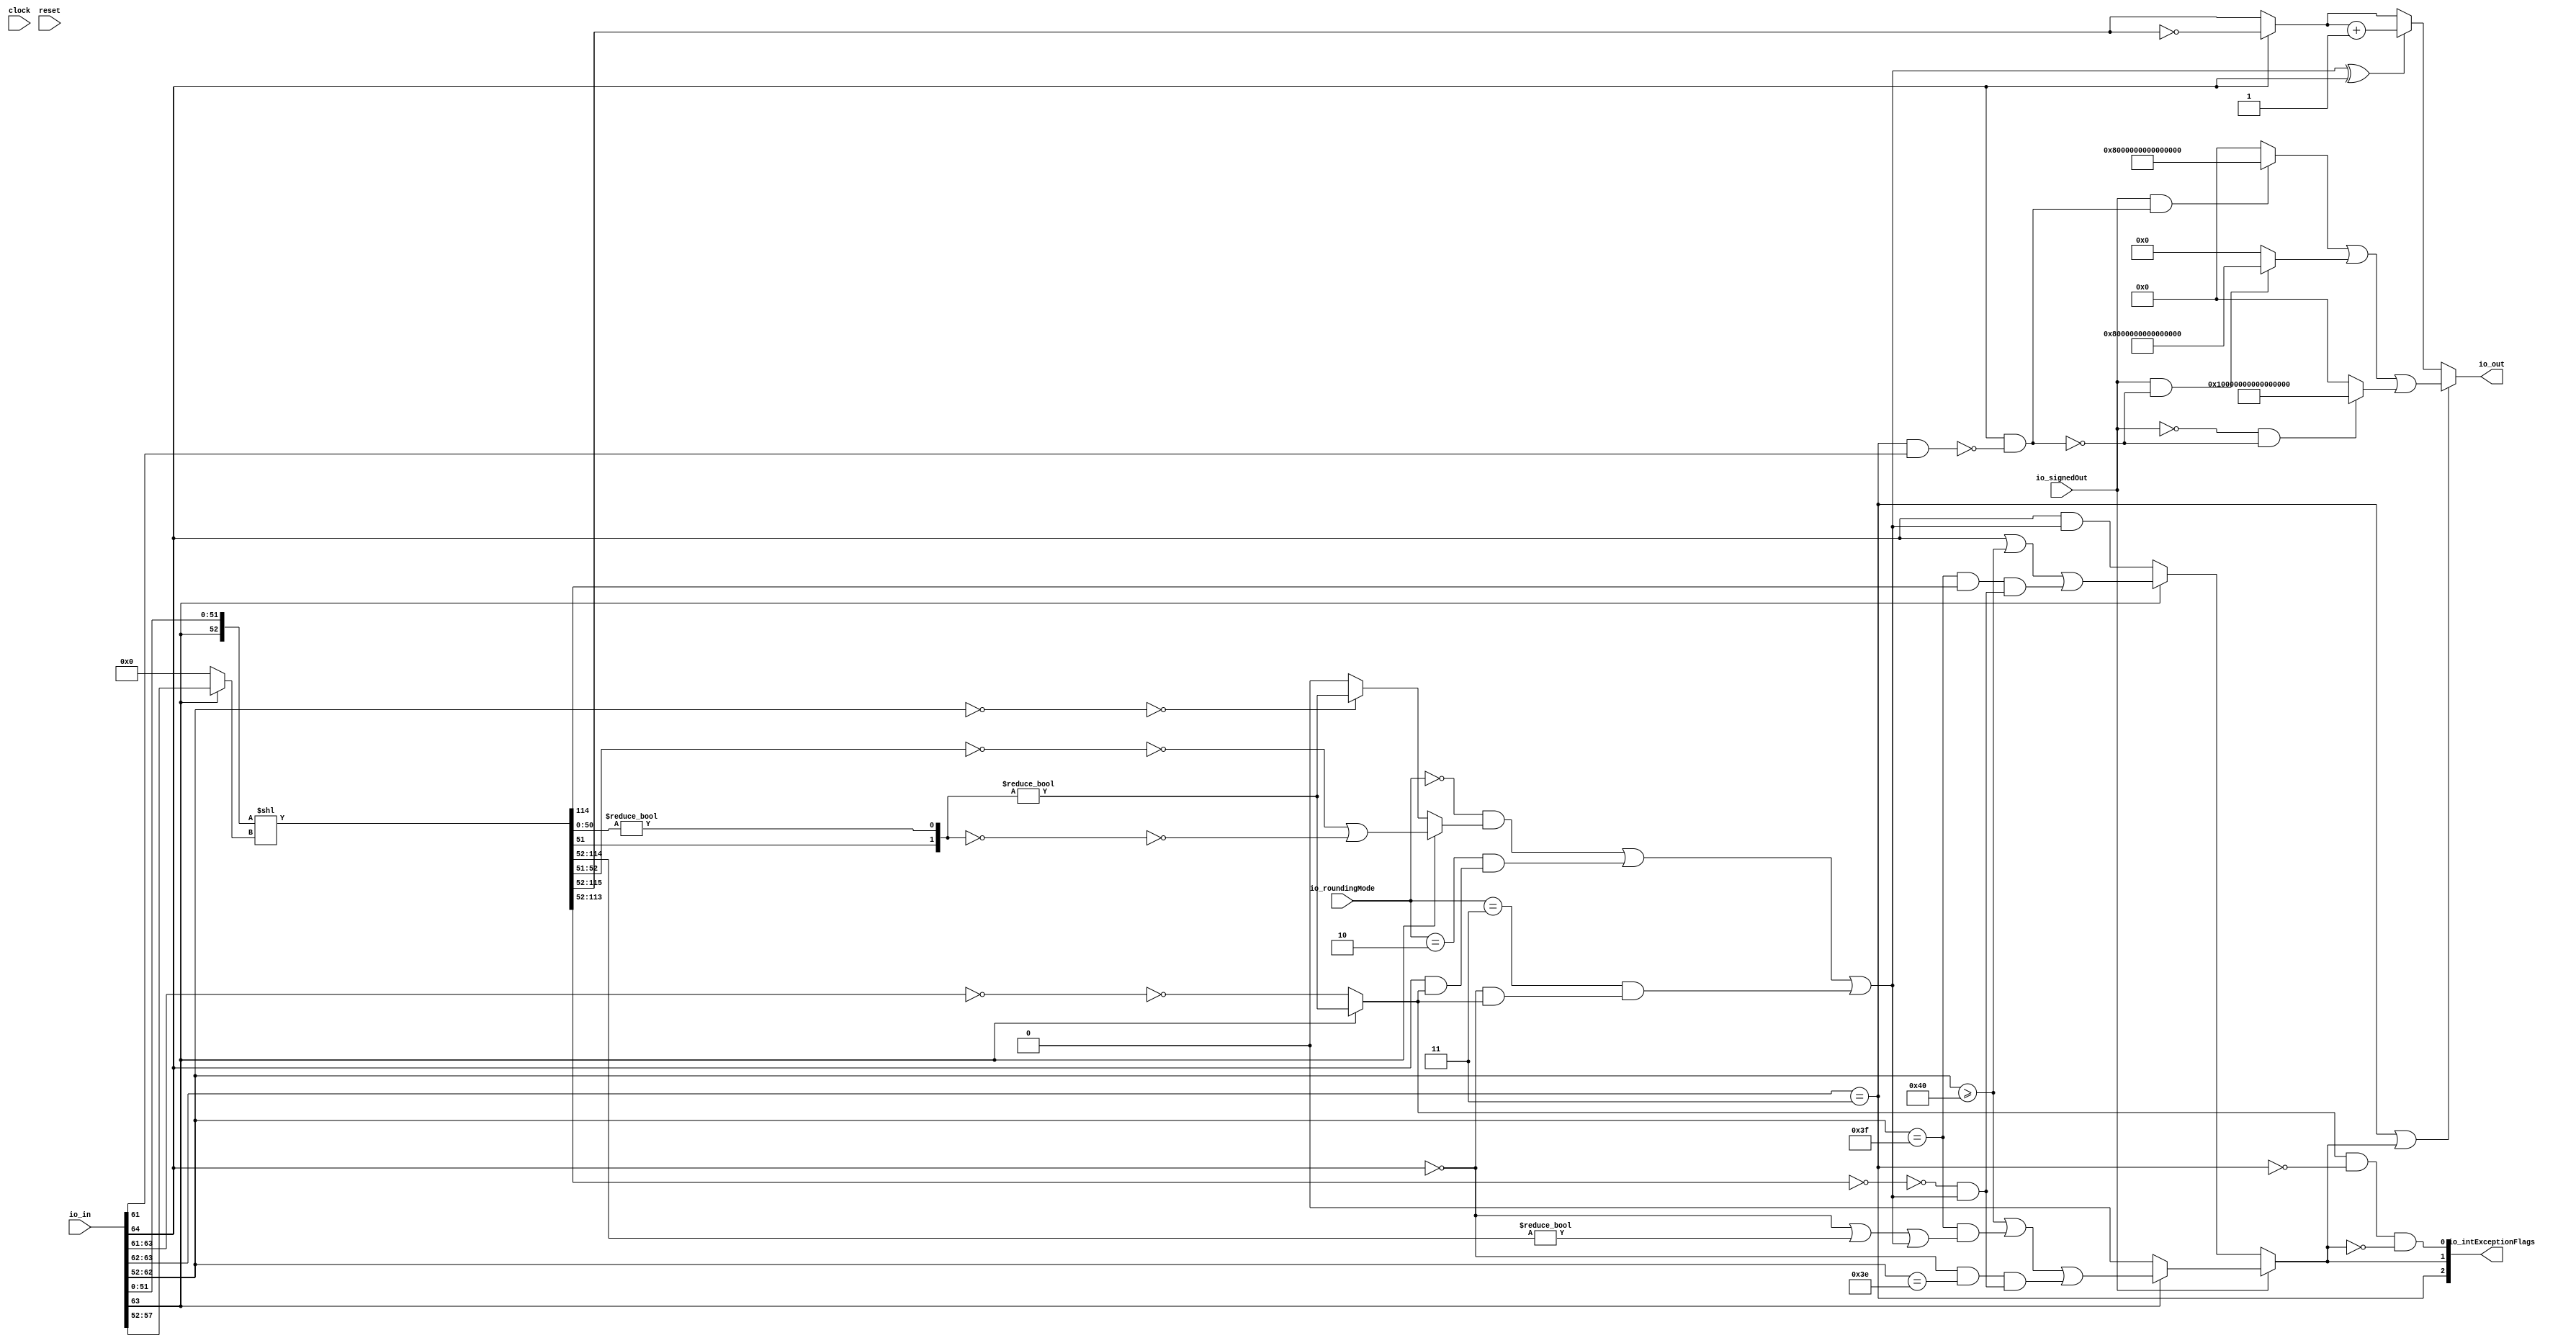
module RecFNToIN_1(
  input   clock,
  input   reset,
  input  [64:0] io_in,
  input  [1:0] io_roundingMode,
  input   io_signedOut,
  output [63:0] io_out,
  output [2:0] io_intExceptionFlags
);
  wire  sign;
  wire [11:0] exp;
  wire [51:0] fract;
  wire [2:0] _T_12;
  wire  isZero;
  wire [1:0] _T_14;
  wire  invalid;
  wire  _T_16;
  wire  isNaN;
  wire  notSpecial_magGeOne;
  wire [52:0] _T_17;
  wire [5:0] _T_18;
  wire [5:0] _T_20;
  wire [115:0] _GEN_0;
  wire [115:0] shiftedSig;
  wire [63:0] unroundedInt;
  wire [1:0] _T_21;
  wire [50:0] _T_22;
  wire  _T_24;
  wire [2:0] roundBits;
  wire [1:0] _T_25;
  wire  _T_27;
  wire  _T_29;
  wire  roundInexact;
  wire [1:0] _T_30;
  wire [1:0] _T_31;
  wire  _T_33;
  wire [1:0] _T_35;
  wire  _T_37;
  wire  _T_38;
  wire [10:0] _T_39;
  wire [10:0] _T_40;
  wire  _T_42;
  wire  _T_47;
  wire  roundIncr_nearestEven;
  wire  _T_48;
  wire  _T_49;
  wire  _T_50;
  wire  _T_51;
  wire  _T_52;
  wire  _T_53;
  wire  _T_54;
  wire  _T_56;
  wire  _T_57;
  wire  _T_58;
  wire  roundIncr;
  wire [63:0] _T_59;
  wire [63:0] complUnroundedInt;
  wire  _T_60;
  wire [64:0] _T_62;
  wire [63:0] _T_63;
  wire [63:0] roundedInt;
  wire [61:0] _T_64;
  wire [61:0] _T_65;
  wire  _T_67;
  wire  roundCarryBut2;
  wire  _T_69;
  wire  _T_71;
  wire [62:0] _T_74;
  wire  _T_76;
  wire  _T_77;
  wire  _T_78;
  wire  _T_79;
  wire  _T_80;
  wire  _T_84;
  wire  _T_85;
  wire  _T_86;
  wire  _T_87;
  wire  overflow_signed;
  wire  _T_91;
  wire  _T_94;
  wire  _T_95;
  wire  _T_96;
  wire  _T_97;
  wire  _T_98;
  wire  overflow_unsigned;
  wire  overflow;
  wire  _T_100;
  wire  excSign;
  wire  _T_101;
  wire [63:0] _T_105;
  wire  _T_107;
  wire  _T_108;
  wire [62:0] _T_111;
  wire [63:0] _GEN_1;
  wire [63:0] _T_112;
  wire  _T_114;
  wire  _T_117;
  wire [63:0] _T_120;
  wire [63:0] excValue;
  wire  _T_122;
  wire  _T_123;
  wire  _T_125;
  wire  inexact;
  wire  _T_126;
  wire [63:0] _T_127;
  wire [1:0] _T_128;
  wire [2:0] _T_129;
  assign io_out = _T_127;
  assign io_intExceptionFlags = _T_129;
  assign sign = io_in[64];
  assign exp = io_in[63:52];
  assign fract = io_in[51:0];
  assign _T_12 = exp[11:9];
  assign isZero = _T_12 == 3'h0;
  assign _T_14 = exp[11:10];
  assign invalid = _T_14 == 2'h3;
  assign _T_16 = exp[9];
  assign isNaN = invalid & _T_16;
  assign notSpecial_magGeOne = exp[11];
  assign _T_17 = {notSpecial_magGeOne,fract};
  assign _T_18 = exp[5:0];
  assign _T_20 = notSpecial_magGeOne ? _T_18 : 6'h0;
  assign _GEN_0 = {{63'd0}, _T_17};
  assign shiftedSig = _GEN_0 << _T_20;
  assign unroundedInt = shiftedSig[115:52];
  assign _T_21 = shiftedSig[52:51];
  assign _T_22 = shiftedSig[50:0];
  assign _T_24 = _T_22 != 51'h0;
  assign roundBits = {_T_21,_T_24};
  assign _T_25 = roundBits[1:0];
  assign _T_27 = _T_25 != 2'h0;
  assign _T_29 = isZero == 1'h0;
  assign roundInexact = notSpecial_magGeOne ? _T_27 : _T_29;
  assign _T_30 = roundBits[2:1];
  assign _T_31 = ~ _T_30;
  assign _T_33 = _T_31 == 2'h0;
  assign _T_35 = ~ _T_25;
  assign _T_37 = _T_35 == 2'h0;
  assign _T_38 = _T_33 | _T_37;
  assign _T_39 = exp[10:0];
  assign _T_40 = ~ _T_39;
  assign _T_42 = _T_40 == 11'h0;
  assign _T_47 = _T_42 ? _T_27 : 1'h0;
  assign roundIncr_nearestEven = notSpecial_magGeOne ? _T_38 : _T_47;
  assign _T_48 = io_roundingMode == 2'h0;
  assign _T_49 = _T_48 & roundIncr_nearestEven;
  assign _T_50 = io_roundingMode == 2'h2;
  assign _T_51 = sign & roundInexact;
  assign _T_52 = _T_50 & _T_51;
  assign _T_53 = _T_49 | _T_52;
  assign _T_54 = io_roundingMode == 2'h3;
  assign _T_56 = sign == 1'h0;
  assign _T_57 = _T_56 & roundInexact;
  assign _T_58 = _T_54 & _T_57;
  assign roundIncr = _T_53 | _T_58;
  assign _T_59 = ~ unroundedInt;
  assign complUnroundedInt = sign ? _T_59 : unroundedInt;
  assign _T_60 = roundIncr ^ sign;
  assign _T_62 = complUnroundedInt + 64'h1;
  assign _T_63 = _T_62[63:0];
  assign roundedInt = _T_60 ? _T_63 : complUnroundedInt;
  assign _T_64 = unroundedInt[61:0];
  assign _T_65 = ~ _T_64;
  assign _T_67 = _T_65 == 62'h0;
  assign roundCarryBut2 = _T_67 & roundIncr;
  assign _T_69 = _T_39 >= 11'h40;
  assign _T_71 = _T_39 == 11'h3f;
  assign _T_74 = unroundedInt[62:0];
  assign _T_76 = _T_74 != 63'h0;
  assign _T_77 = _T_56 | _T_76;
  assign _T_78 = _T_77 | roundIncr;
  assign _T_79 = _T_71 & _T_78;
  assign _T_80 = _T_69 | _T_79;
  assign _T_84 = _T_39 == 11'h3e;
  assign _T_85 = _T_56 & _T_84;
  assign _T_86 = _T_85 & roundCarryBut2;
  assign _T_87 = _T_80 | _T_86;
  assign overflow_signed = notSpecial_magGeOne ? _T_87 : 1'h0;
  assign _T_91 = sign | _T_69;
  assign _T_94 = unroundedInt[62];
  assign _T_95 = _T_71 & _T_94;
  assign _T_96 = _T_95 & roundCarryBut2;
  assign _T_97 = _T_91 | _T_96;
  assign _T_98 = sign & roundIncr;
  assign overflow_unsigned = notSpecial_magGeOne ? _T_97 : _T_98;
  assign overflow = io_signedOut ? overflow_signed : overflow_unsigned;
  assign _T_100 = isNaN == 1'h0;
  assign excSign = sign & _T_100;
  assign _T_101 = io_signedOut & excSign;
  assign _T_105 = _T_101 ? 64'h8000000000000000 : 64'h0;
  assign _T_107 = excSign == 1'h0;
  assign _T_108 = io_signedOut & _T_107;
  assign _T_111 = _T_108 ? 63'h7fffffffffffffff : 63'h0;
  assign _GEN_1 = {{1'd0}, _T_111};
  assign _T_112 = _T_105 | _GEN_1;
  assign _T_114 = io_signedOut == 1'h0;
  assign _T_117 = _T_114 & _T_107;
  assign _T_120 = _T_117 ? 64'hffffffffffffffff : 64'h0;
  assign excValue = _T_112 | _T_120;
  assign _T_122 = invalid == 1'h0;
  assign _T_123 = roundInexact & _T_122;
  assign _T_125 = overflow == 1'h0;
  assign inexact = _T_123 & _T_125;
  assign _T_126 = invalid | overflow;
  assign _T_127 = _T_126 ? excValue : roundedInt;
  assign _T_128 = {invalid,overflow};
  assign _T_129 = {_T_128,inexact};
endmodule